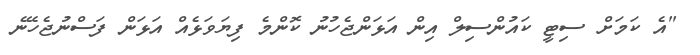
"އެ ކަމަށް ސިޓީ ކައުންސިލް އިން އަޅަންޖެހުނު ކޮންމެ ފިޔަވަޅެއް އަޅަން ފަސްނުޖެހޭނެ